Report of the King Institute of Preventive Medicine, Guindy
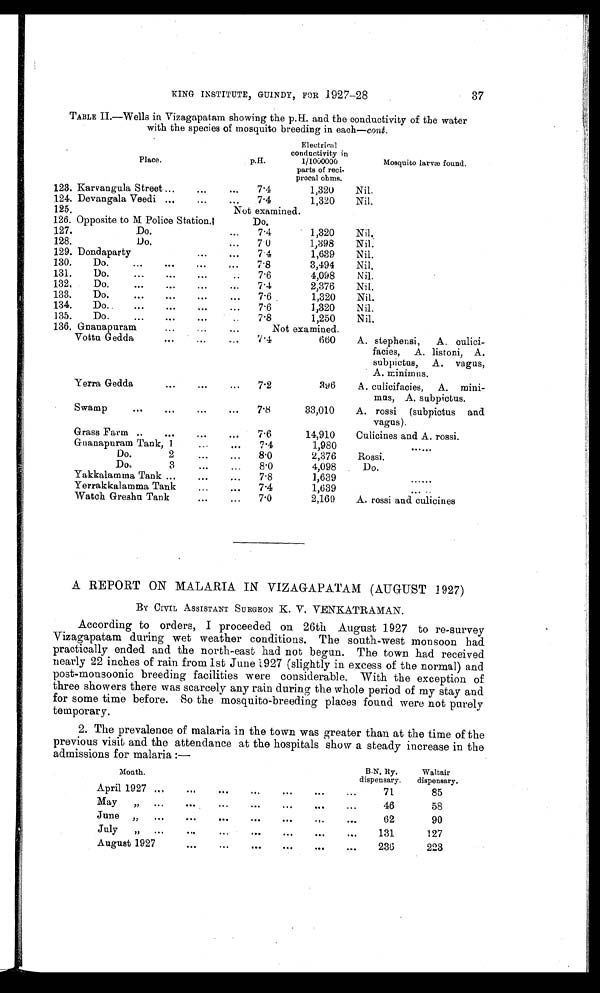
37
KING INSTITUTE, GUINDY, FOR 1927-28
TABLE II.—Wells in Vizagapatam showing the p.H. and the conductivity of the water
with the species of mosquito breeding in each— cont.
P l a c e .
p . H .
Electrical
conductivity in
1/1000000
parts of reci-
procal ohms.
Mosqui t o l arvæ found.
123. Karvangula Street ...
...
...
7.4
1,320
Nil.
124. Devangala Veedi ... ... ...
7.4
1,320
Nil.
125.
Not examined.
126. Opposite to M Police Station.
Do.
127.
Do.
...
7.4
1,320
Nil..
128.
Do.
...
7.0
1,398
Nil.
129. Dondaparty
...
...
7.4
1,639
Nil.
130.
Do.
...
...
...
7.8
3,494
Nil.
131.
Do.
...
...
...
..
7.6
4,098
Nil.
132.
Do.
...
...
...
...
7.4
2,376
Nil,
13 3.
Do.
...
...
...
...
7.6
1,320
Nil.
134. Do.. ... ... ,.. ...
7.6
1,320
Nil.
135.
Do.
...
...
...
..
7.8
1,250
Nil.
136. Gnanapuram
...
...
...
N o t e x a m i n e d .
Vottu Gedda
...
...
....
7.4
660
A. stephensi,
A. culici-
facies, A. listoni, A.
subpictus, A. vagus,
A. minimus.
Yerra Gedda
...
...
..
7.2
396
A. culicifacies,
A. mini-
mus, A. subpictus.
Swamp
...
...
...
...
7.8
33,010
A. rossi (subpictus and
vagus).
Grass Farm ..
...
...
...
7.6
14,910
Culicines and A. rossi.
Gnanapuram Tank, 1
...
7.4
1,980
. . . . . .
Do.
2
...
...
8.0
2,376
Rossi.
Doe. 3 ... ...
8.0
4,098
D o .
Yakkalamma Tank ...
...
...
7.8
1,639
. . . . . .
Yerrakkalamma Tank...
7.4
1,639
...
Watch Greshu Tank
...
...
7.0
2,160
A. rossi and culicines
A REPORT ON MALARIA IN VIZAGAPATAM (AUGUST 1927)
BY CIVIL ASSISTANT SURGEON K. V. VENKATRAMAN.
According to orders, I proceeded on 26th August 1927 to re-survey
Vizagapatam during wet weather conditions. The south-west monsoon had
practically ended and the north-east had not begun. The town had received
nearly 22 inches of rain from 1st June 1927 (slightly in excess of the normal) and
post-monsoonic breeding facilities were considerable. With the exception of
three showers there was scarcely any rain during the whole period of my stay and
for some time before. So the mosquito-breeding places found were not purely
temporary.
2. The prevalence of malaria in the town was greater than at the time of the
previous visit and the attendance at the hospitals show a steady increase in the
admissions for malaria :—
Month .
B.N. Ry.
dispensary.
Waltair
dispensary.
Ap ril 1927 .... ...
...
.. . ... .... . . .
71
85
May
"
...
...
...
...
.. .
46
58
June "
...
...
..
...
...
62
90
Jul y ..
. . .
. . .
. . .
131
127
August 1927
...
...
...
...
...
236
223